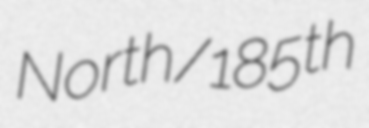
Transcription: North/185th